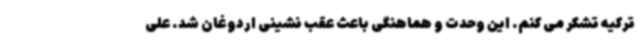
ترکیه تشکر می کنم. این وحدت و هماهنگی باعث عقب نشینی اردوغان شد. علی